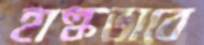
হাল্কভাবে